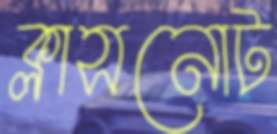
ক্লাসনোট